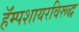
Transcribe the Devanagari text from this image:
हॅम्पशायरविरूद्ध